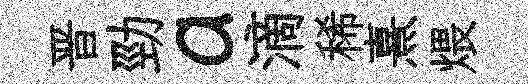
晋勁a滴稀熹煨